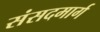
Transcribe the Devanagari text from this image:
संसदमार्ग